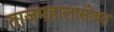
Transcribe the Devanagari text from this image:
ताजमहालासोबत